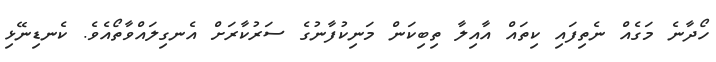
ހޯދާނެ މަގެއް ނެތިފައި ކިތައް އާއިލާ ތިބިކަން މަނިކުފާނުގެ ސަރުކާރަށް އެނގިލައްވާތޯއެވެ. ކެނޑިނޭޅި